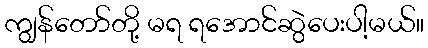
ကျွန်တော်တို့ မရ ရအောင်ဆွဲပေးပါ့မယ်။